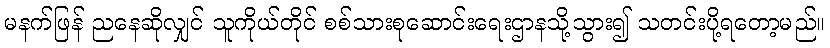
မနက်ဖြန် ညနေဆိုလျှင် သူကိုယ်တိုင် စစ်သားစုဆောင်းရေးဌာနသို့သွား၍ သတင်းပို့ရတော့မည်။